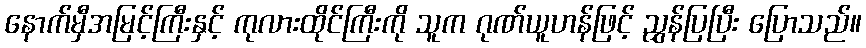
နောက်မှီအမြင့်ကြီးနှင့် ကုလားထိုင်ကြီးကို သူက ဂုဏ်ယူဟန်ဖြင့် ညွှန်ပြပြီး ပြောသည်။